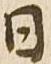
日